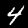
Digit: 4